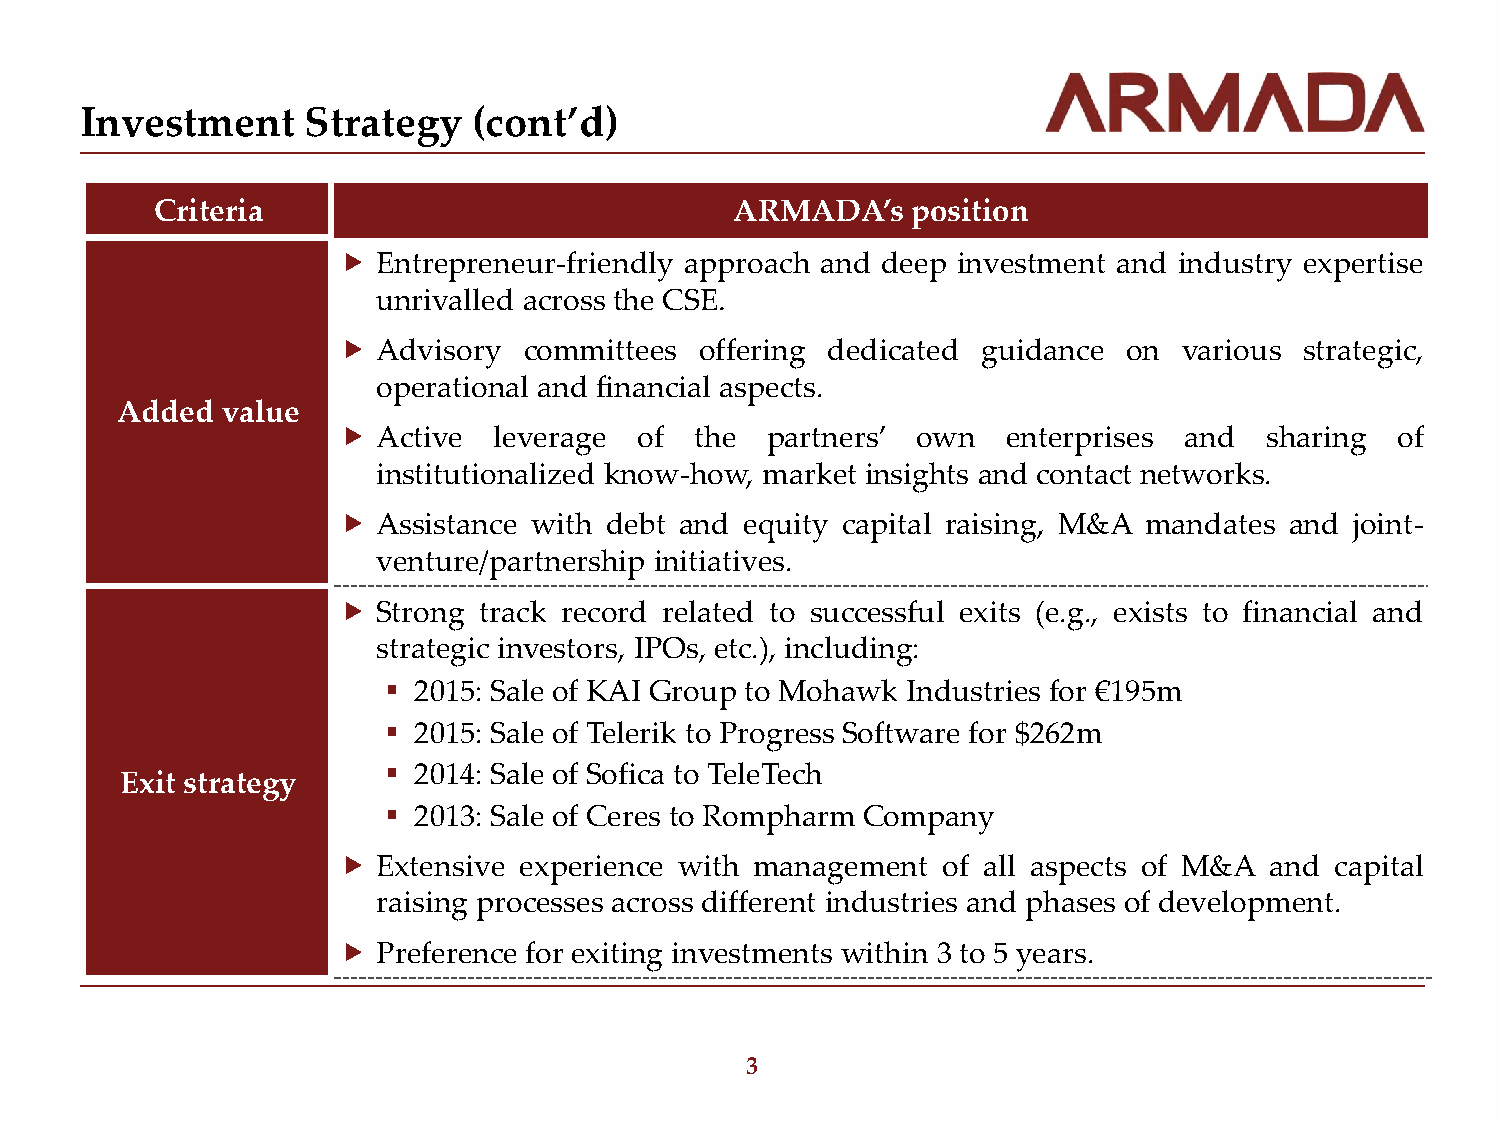
Investment     Strategy   (cont’d)
 Criteria                               ARMADA’s   position
   Entrepreneur-friendly approach and deep investment and industry expertise
 unrivalled across the CSE.
   Advisory  committees offering dedicated guidance  on various strategic,
 operational and financial aspects.
 Added  value
   Active  leverage of  the  partners’ own   enterprises and  sharing  of
 institutionalized know-how, market insights and contact networks.
   Assistance with debt and equity capital raising, M&A mandates and joint-
 venture/partnership initiatives.
   Strong track record related to successful exits (e.g., exists to financial and
 strategic investors, IPOs, etc.), including:
  2015: Sale of KAI Group to Mohawk Industries for €195m
  2015: Sale of Telerik to Progress Software for $262m
  2014: Sale of Sofica to TeleTech
 Exit strategy
  2013: Sale of Ceres to Rompharm Company
   Extensive experience with management of all aspects of M&A and capital
 raising processes across different industries and phases of development.
   Preference for exiting investments within 3 to 5 years.
 3